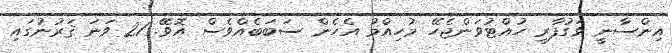
އިންސާނީ ވަގުފާރި ހުއްޓުވަންޖެހޭ މުހިއްމު އެހެން ސަބަބެއްވެސް އޮވޭ. 21 ވަނަ ޤަރުނުގައި